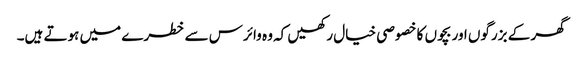
گھر کے بزرگوں اور بچوں کا خصوصی خیال رکھیں کہ وہ وائرس سے خطرے میں ہوتے ہیں۔